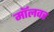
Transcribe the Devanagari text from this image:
मॉलवर